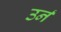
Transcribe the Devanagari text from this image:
उर्न